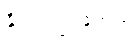
နိုင်သည့်အတွက်